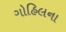
ગોહિલના